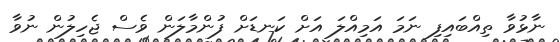
ނާޅުވާ ތިއްބައިފި ނަމަ އަމިއްލަ އަށް ކަނޑަށް ފުންމާލަން ވެސް ޖެހިލުން ނުވާ